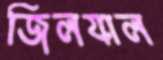
জিলযাল